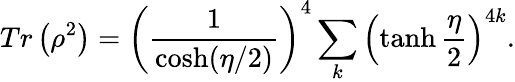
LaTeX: Tr\left(\rho^{2}\right)=\left({\frac{1}{\cosh(\eta/2)}}\right)^{4}\sum_{k}^{}\left(\operatorname{tanh}{\frac{\eta}{2}}\right)^{4k}.